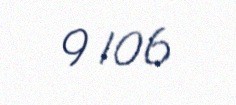
9 106